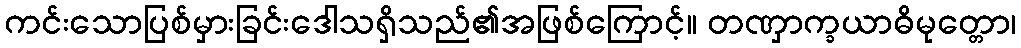
ကင်းသောပြစ်မှားခြင်းဒေါသရှိသည်၏အဖြစ်ကြောင့်။ တဏှာက္ခယာဓိမုတ္တော၊